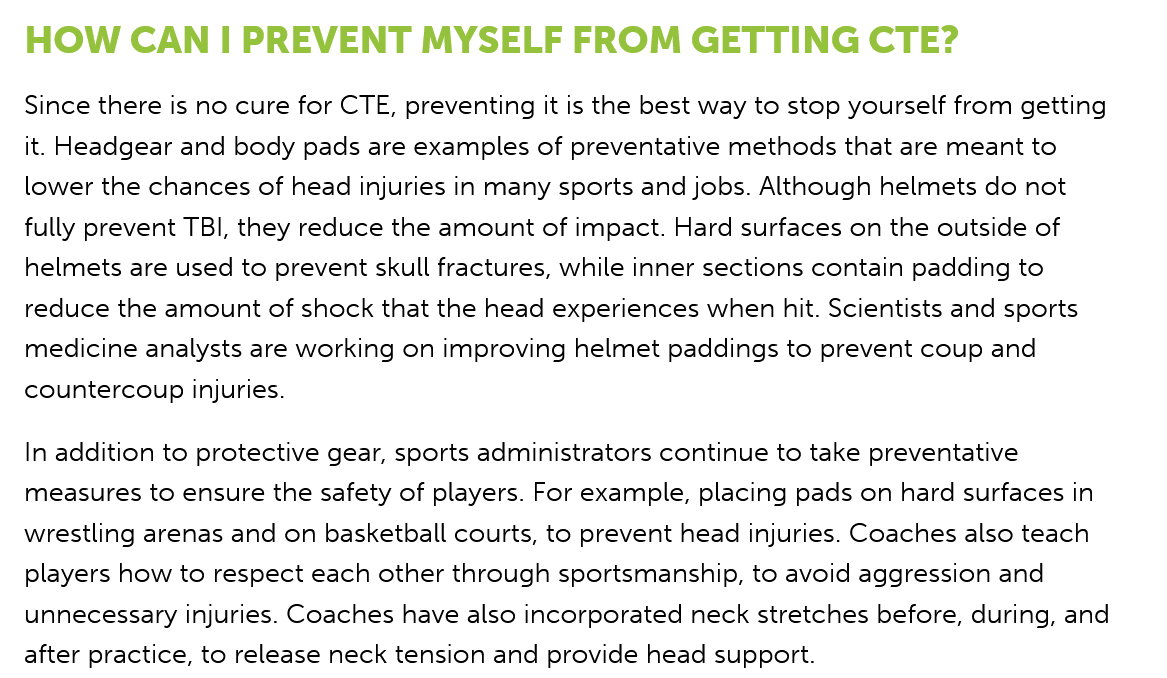
HOW    CAN   | PREVENT    MYSELF    FROM    GETTING    CTE?
  Since there is no cure for CTE, preventing it is the best way to stop yourself from getting
  it. Headgear and body pads are examples of preventative methods that are meant to
  lower the chances of head injuries in many sports and jobs. Although helmets do not
  fully prevent TBI, they reduce the amount of impact. Hard surfaces on the outside of
  helmets are used to prevent skull fractures, while inner sections contain padding to
  reduce the amount of shock that the head experiences when hit. Scientists and sports
  medicine analysts are working on improving helmet paddings to prevent coup and
  countercoup injuries.
  In addition to protective gear, sports administrators continue to take preventative
  measures to ensure the safety of players. For example, placing pads on hard surfaces in
  wrestling arenas and on basketball courts, to prevent head injuries. Coaches also teach
  players how to respect each other through sportsmanship, to avoid aggression and
  unnecessary injuries. Coaches have also incorporated neck stretches before, during, and
  after practice, to release neck tension and provide head support.